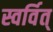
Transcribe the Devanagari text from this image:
स्वर्वित्